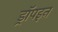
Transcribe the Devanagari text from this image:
ड्रॉपइन